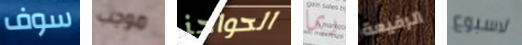
سوف موجب الحواجز ربما الرفيعة لاسبوع